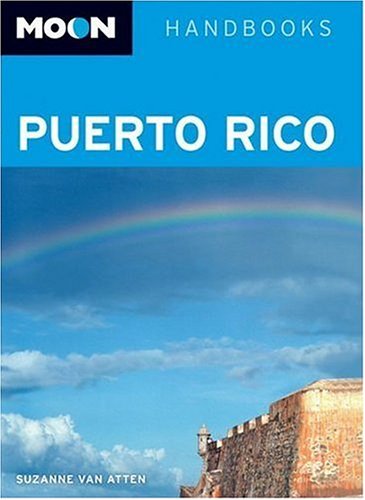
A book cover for Moon Puerto Rico (Moon Handbooks); Suzanne Van Atten; Travel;